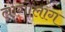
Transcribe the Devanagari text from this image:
लागोलाग